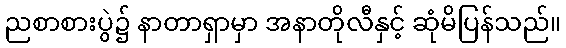
ညစာစားပွဲ၌ နာတာရှာမှာ အနာတိုလီနှင့် ဆုံမိပြန်သည်။